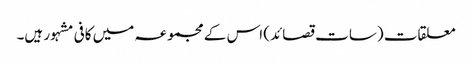
معلقات (سات قصائد) اس کے مجموعہ میں کافی مشہور ہیں۔